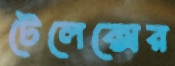
টেলেক্সের